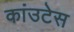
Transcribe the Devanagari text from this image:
कांउटेस